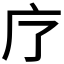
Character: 𭙏